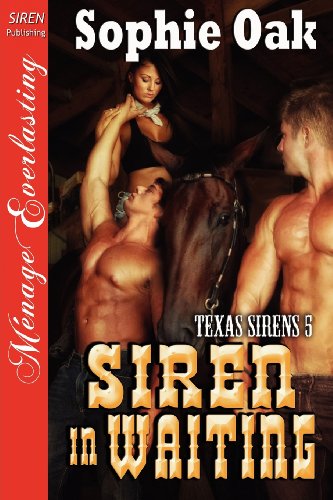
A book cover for Siren in Waiting [Texas Sirens 5] (Siren Publishing Menage Everlasting); Sophie Oak; Romance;